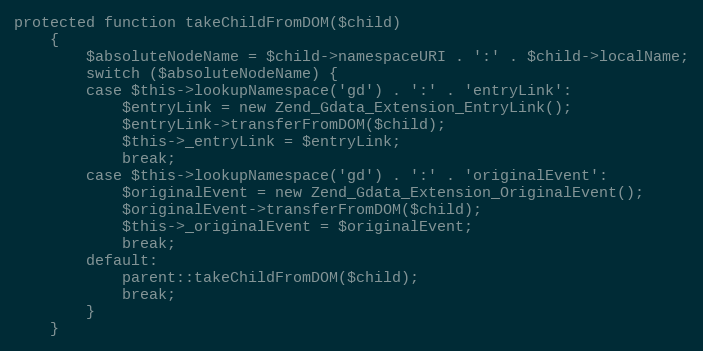
Language: PHP
protected function takeChildFromDOM($child)
    {
        $absoluteNodeName = $child->namespaceURI . ':' . $child->localName;
        switch ($absoluteNodeName) {
        case $this->lookupNamespace('gd') . ':' . 'entryLink':
            $entryLink = new Zend_Gdata_Extension_EntryLink();
            $entryLink->transferFromDOM($child);
            $this->_entryLink = $entryLink;
            break;
        case $this->lookupNamespace('gd') . ':' . 'originalEvent':
            $originalEvent = new Zend_Gdata_Extension_OriginalEvent();
            $originalEvent->transferFromDOM($child);
            $this->_originalEvent = $originalEvent;
            break;
        default:
            parent::takeChildFromDOM($child);
            break;
        }
    }